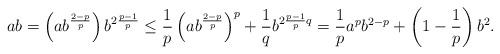
LaTeX: \begin{align*}ab=\left(ab^{\frac{2-p}{p}}\right)b^{2\frac{p-1}{p}}\le \frac{1}{p}\left(ab^{\frac{2-p}{p}}\right)^p+\frac{1}{q}b^{2\frac{p-1}{p}q}=\frac{1}{p}a^pb^{2-p}+\left(1-\frac{1}{p}\right)b^2.\end{align*}